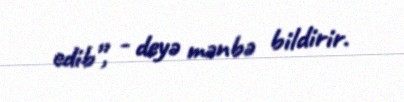
edib”, - deyə mənbə bildirir.